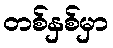
တစ်နှစ်မှာ